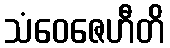
သံဝေဇေဟီတိ